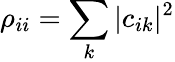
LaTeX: \rho_{ii}=\sum_{k}|c_{ik}|^{2}